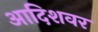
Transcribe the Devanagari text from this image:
आदिशवर